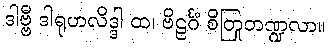
ဒါဗ္ဗီ ဒါရုဟလိဒ္ဒါ ထ၊ ဗိဠင်္ဂံ စိတြတဏ္ဍုလာ။